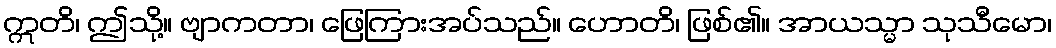
ဣတိ၊ ဤသို့။ ဗျာကတာ၊ ဖြေကြားအပ်သည်။ ဟောတိ၊ ဖြစ်၏။ အာယသ္မာ သုသီမော၊